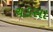
ચડસા